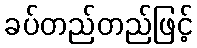
ခပ်တည်တည်ဖြင့်